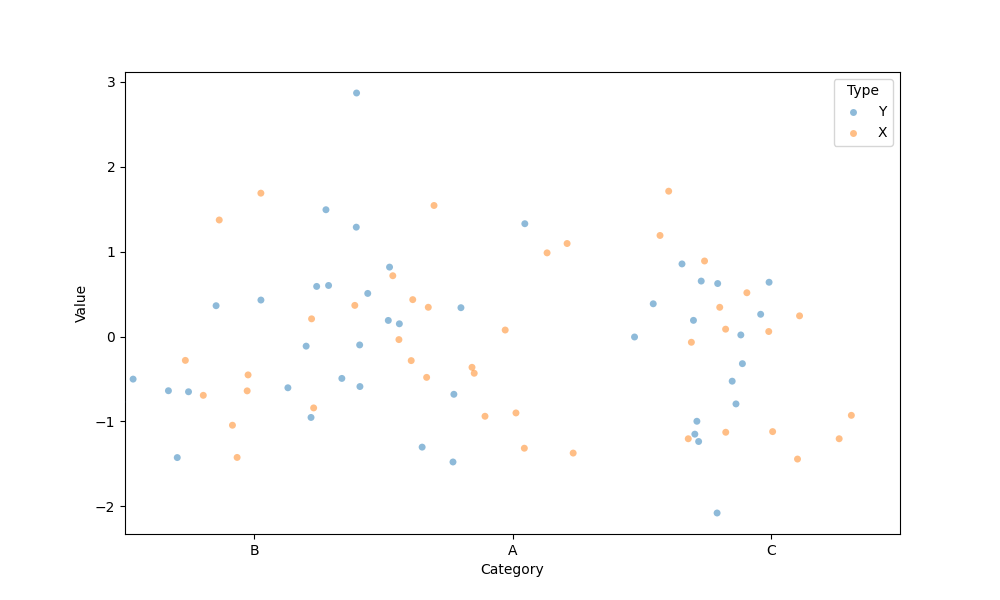
python, seaborn, stripplot, jitter=True, dodge=False, alpha=0.5, size=5